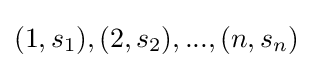
(1,s_{1}),(2,s_{2}),...,(n,s_{n})